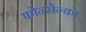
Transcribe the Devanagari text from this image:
फोन्सेन्का